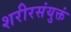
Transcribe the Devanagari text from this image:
शरीरसंयुक्तं